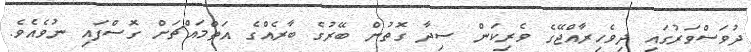
ދުވަސްވަރުގައި ދިވެހިރާއްޖޭގެ ވެރިކަން ސިދާ ގޮތުން ބޭރުގެ ބާރެއްގެ އަތްމައްޗަށް ގޮސްފައި ނުވެއެވެ.